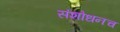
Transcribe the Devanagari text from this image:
संशोधनच